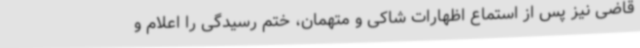
قاضی نیز پس از استماع اظهارات شاکی و متهمان، ختم رسیدگی را اعلام و